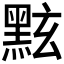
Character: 𪐷